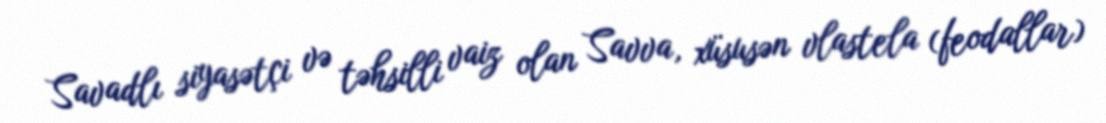
Savadlı siyasətçi və təhsilli vaiz olan Savva, xüsusən vlastela (feodallar)